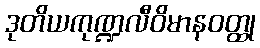
ဒုတိယကုဏ္ဍလီဝိမာနဝတ္ထု